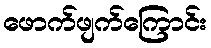
ဖောက်ဖျက်ကြောင်း